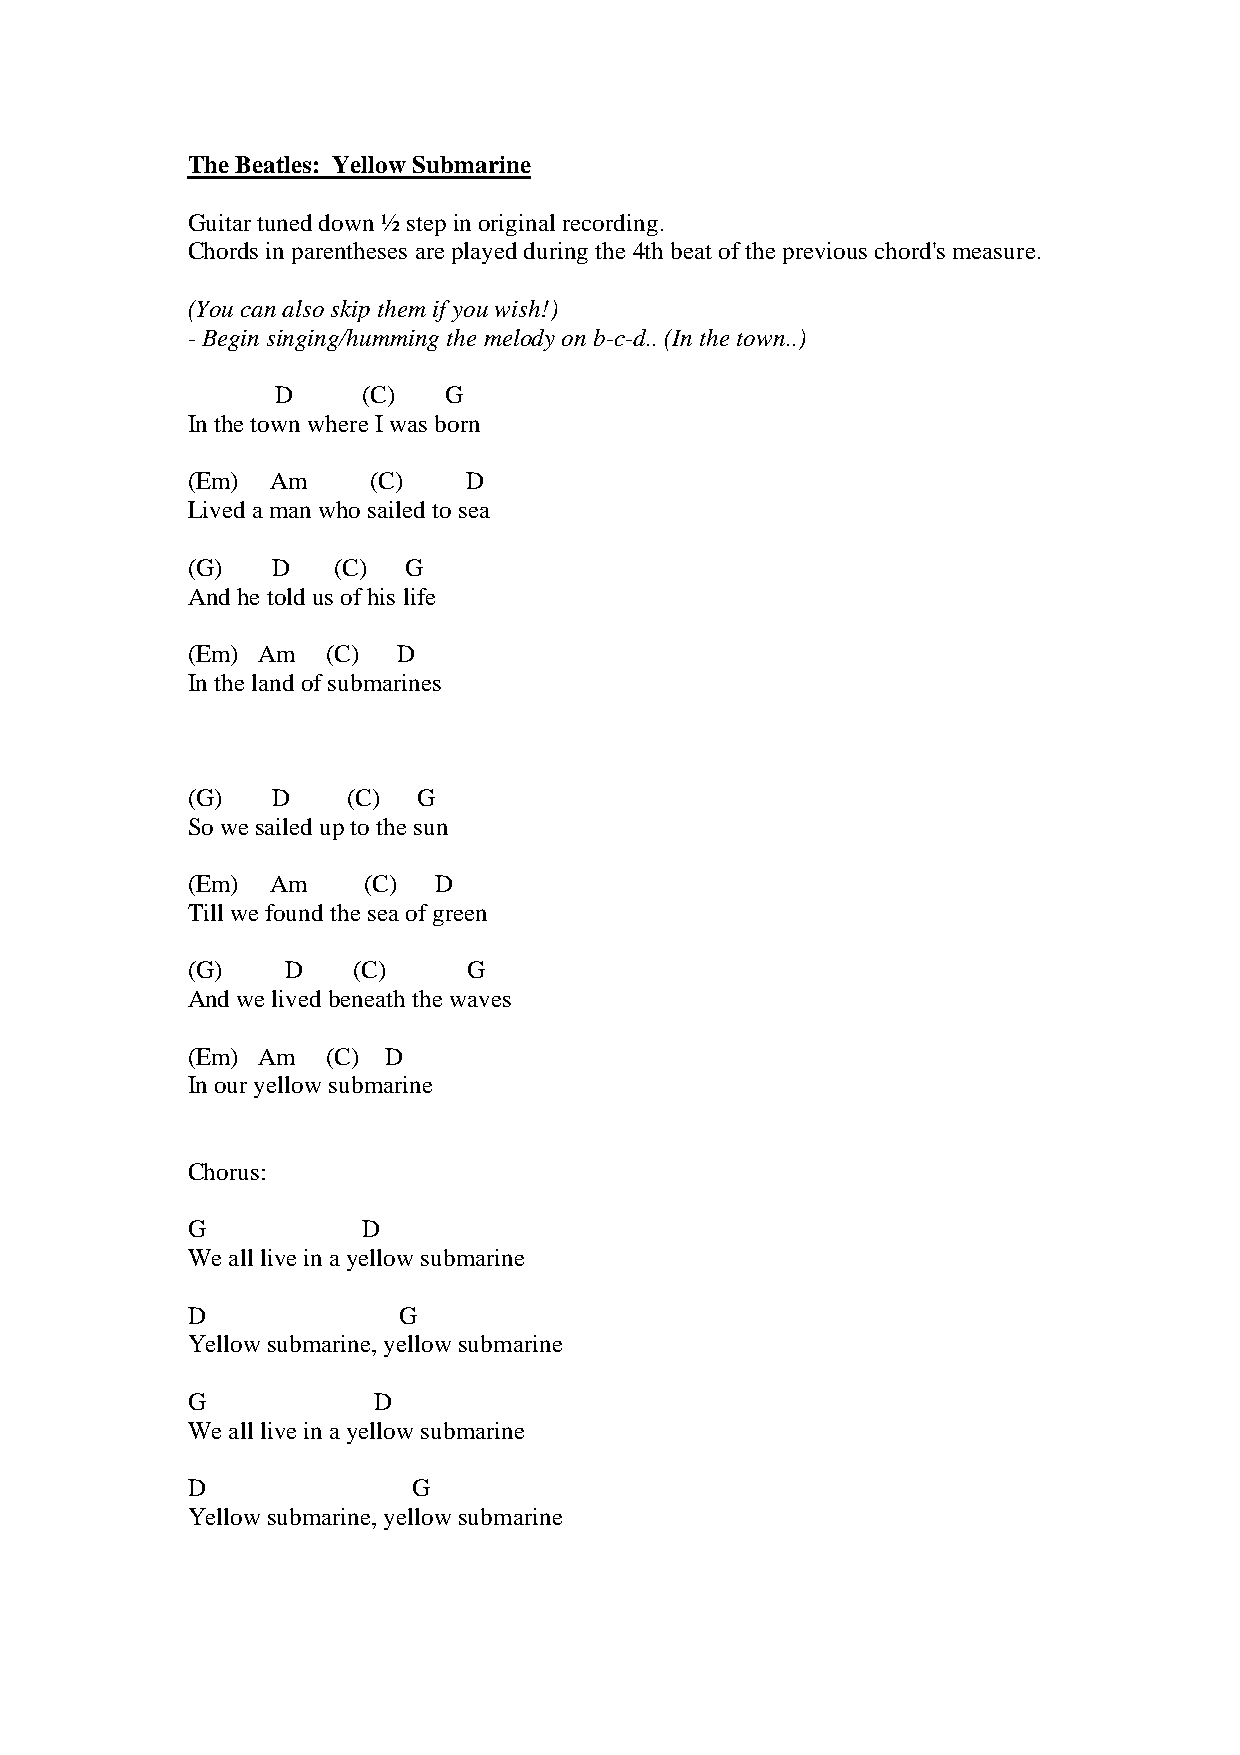
The Beatles: Yellow Submarine
 Guitar tuned down ½ step in original recording.
 Chords in parentheses are played during the 4th beat of the previous chord's measure.
 (You can also skip them if you wish!)
 - Begin singing/humming the melody on b-c-d.. (In the town..)
 D     (C)  G
 In the town where I was born
 (Em)  Am    (C)    D
 Lived a man who sailed to sea
 (G)   D   (C)  G
 And he told us of his life
 (Em) Am   (C) D
 In the land of submarines
 (G)   D    (C)  G
 So we sailed up to the sun
 (Em)  Am    (C)  D
 Till we found the sea of green
 (G)    D   (C)     G
 And we lived beneath the waves
 (Em) Am   (C) D
 In our yellow submarine
 Chorus:
 G           D
 We all live in a yellow submarine
 D             G
 Yellow submarine, yellow submarine
 G            D
 We all live in a yellow submarine
 D              G
 Yellow submarine, yellow submarine